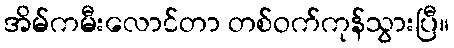
အိမ်ကမီးလောင်တာ တစ်ဝက်ကုန်သွားပြီ။